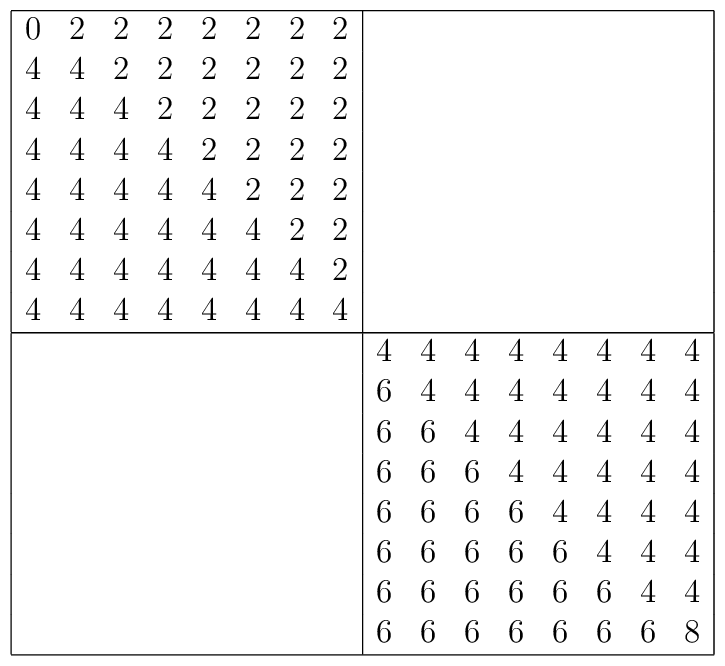
\begin{array}{|cccccccc|cccccccc|}\hline0 & 2 & 2 & 2 & 2 & 2 & 2 & 2 &  &  &  &  &  &  &  &   \\4 & 4 & 2 & 2 & 2 & 2 & 2 & 2 &  &  &  &  &  &  &  &   \\4 & 4 & 4 & 2 & 2 & 2 & 2 & 2 &  &  &  &  &  &  &  &   \\4 & 4 & 4 & 4 & 2 & 2 & 2 & 2 &  &  &  &  &  &  &  &   \\4 & 4 & 4 & 4 & 4 & 2 & 2 & 2 &  &  &  &  &  &  &  &   \\4 & 4 & 4 & 4 & 4 & 4 & 2 & 2 &  &  &  &  &  &  &  &   \\4 & 4 & 4 & 4 & 4 & 4 & 4 & 2 &  &  &  &  &  &  &  &   \\4 & 4 & 4 & 4 & 4 & 4 & 4 & 4 &  &  &  &  &  &  &  &   \\\hline &  &  &  &  &  &  &  & 4 & 4 & 4 & 4 & 4 & 4 & 4 & 4  \\ &  &  &  &  &  &  &  & 6 & 4 & 4 & 4 & 4 & 4 & 4 & 4  \\ &  &  &  &  &  &  &  & 6 & 6 & 4 & 4 & 4 & 4 & 4 & 4  \\ &  &  &  &  &  &  &  & 6 & 6 & 6 & 4 & 4 & 4 & 4 & 4  \\ &  &  &  &  &  &  &  & 6 & 6 & 6 & 6 & 4 & 4 & 4 & 4  \\ &  &  &  &  &  &  &  & 6 & 6 & 6 & 6 & 6 & 4 & 4 & 4  \\ &  &  &  &  &  &  &  & 6 & 6 & 6 & 6 & 6 & 6 & 4 & 4  \\ &  &  &  &  &  &  &  & 6 & 6 & 6 & 6 & 6 & 6 & 6 & 8  \\\hline\end{array}